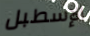
الإسطبل